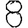
Digit: 8